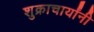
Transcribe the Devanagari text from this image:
शुक्राचार्यांनी